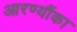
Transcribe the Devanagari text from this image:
आरण्यौंका